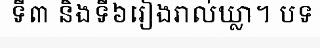
ទី៣ និងទី៦រៀងរាល់ឃ្លា។ បទ